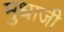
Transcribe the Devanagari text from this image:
मुधाजी